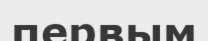
первым